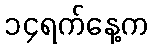
၁၄ရက်နေ့က